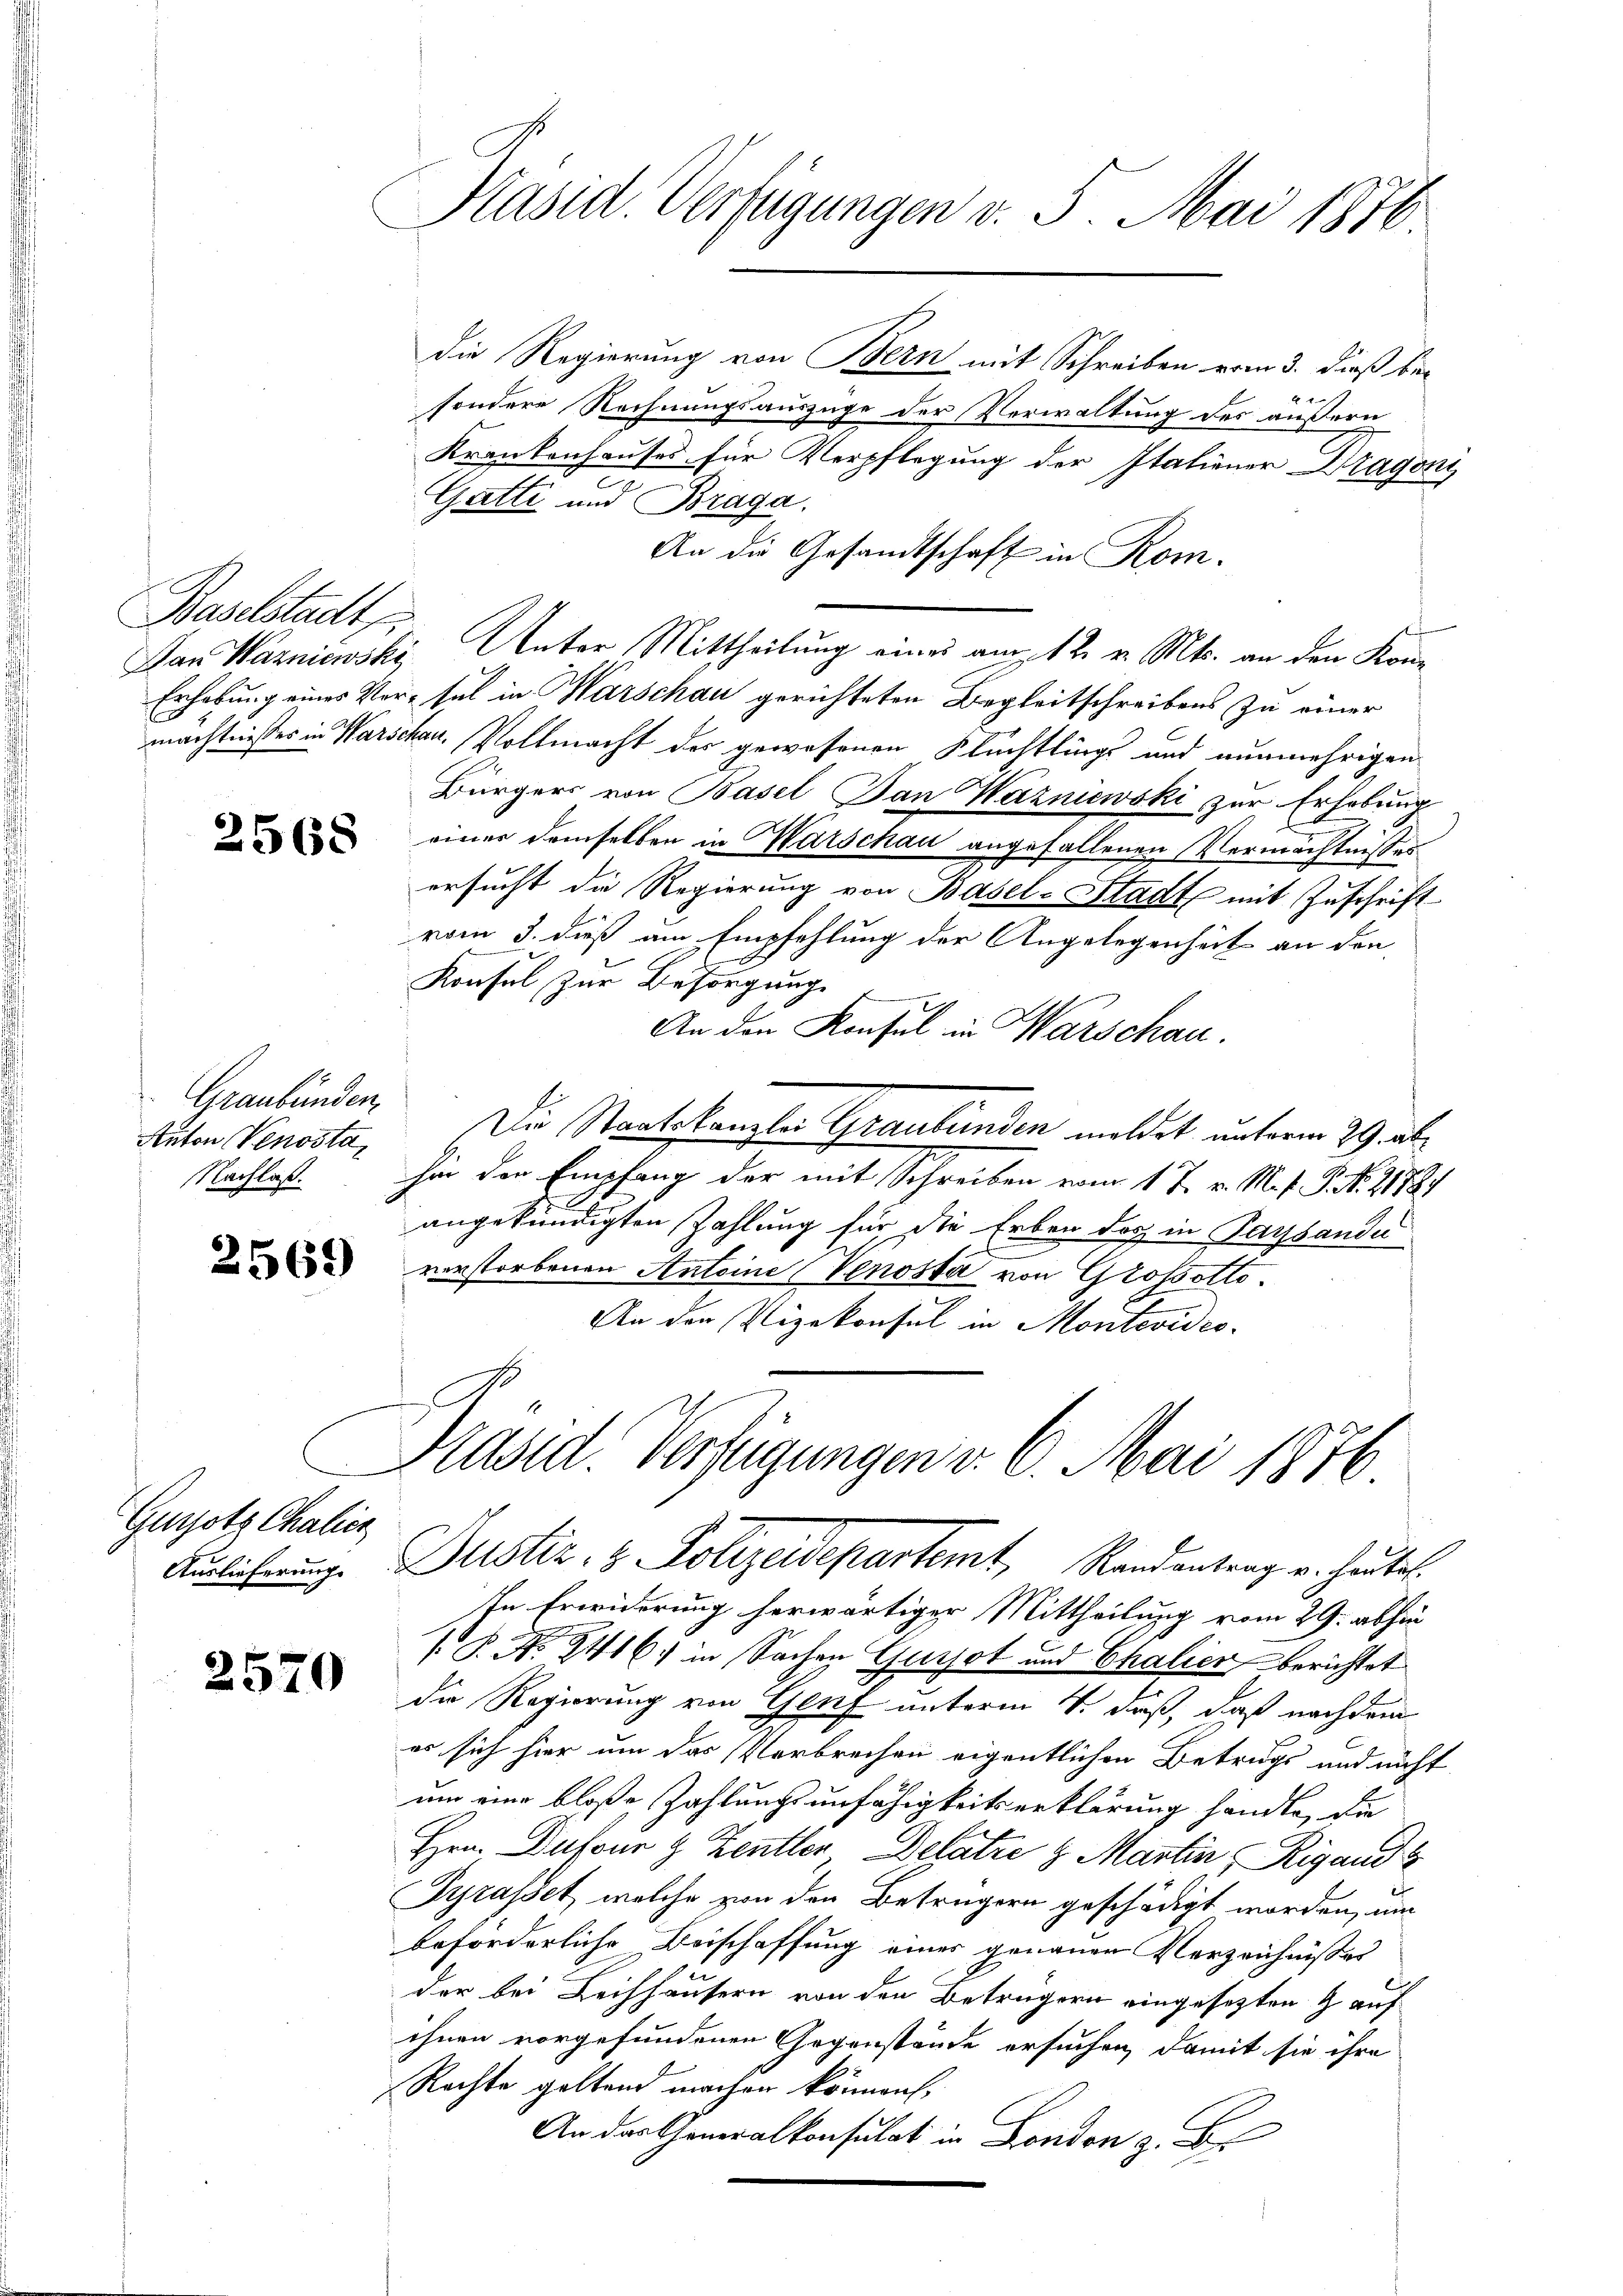
Baselstadt

Graubünden,
Anton Venosta,
Nachlaß.

Gurotz Chalicz
Auslieferung.

2570

Präsid. Verfügungen v. 5. Mai 1876

die Regierung von Bern mit Schreiben vom 3. dieß be¬
4
sondere Rechnungsauszüge der Verwaltung des äußern
Krankenhauses für Verpflegung der Italiener Dragoni
Gatti und Braga.
An die Gesandtschaft in Rom.
Dan Wagniewsky, Unter Mittheilung eines am 12. v. Mts. an den Kon¬
Erhebung eines Versel in Warschau gerichteten Begleitschreibens zu einer
mächtnisses in Warschau, Vollmacht des gewesenen Flüchtlings und nunmehrigen
Bürgers von Basel Dan Wazniewski zur Erhebung
.
 einer demselben in Warschau angefallenen Vermächtnisses
ersucht die Regierung von Basel-Stadt mit Zuschrift
vom 3. dieß am Empfehlung der Angelegenheit an den
Konsul zur Besorgung
An den Konsul in Warschau.
Die Staatskanzlei Graubünden meldet unterm 29. abher den Empfang der mit Schreiben vom 17. v. M. f. P. Nr. 21787
angekündigten Zahlung für die Erben doch in Parsande
2 verstorbenen Antoine Venosta von Grossotto.
An der Vizekonsul in Montevideo-

Präsid. Verfügungen v. 6. Mai 1876

Justiz- & Polizeidepartemt, Randentrag v. heutet.
In Erwiderung herwärtiger Mittheilung vom 29. abhin
 P. No. 2416. in Sachen Gursot und Chalien berichtet
die Regierung von Genf unterm 4. daß, daß nachdem
es sich hier um das Verbrechen eigentlichen Betrugs und nicht
um eine bloße Zahlungsunfähigkeitserklärung handle, die
Hrn. Dufour 9 Zentler Delatze & Martin Rigand
Gyrasset, welche von den Betrügern geschädigt worden, um
beforderliche Beischaffung eines genauen Verzeichnisses
der bei Leichhäusern von den Beträgern eingesetzten G. auf
ihnen vorgefundenen Gegenstände ersuchen, damit sie ihre
Rechte geltend machen können,
An der Generalkonsulat in London z. B